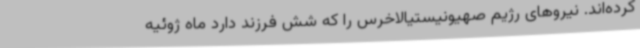
کرده‌اند. نیروهای رژیم صهیونیستیالاخرس را که شش فرزند دارد ماه ژوئیه